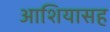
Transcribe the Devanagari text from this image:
आशियासह